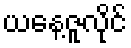
ယနေ့ဇူလိုင်